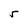
Character: 5